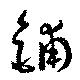
鋪